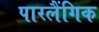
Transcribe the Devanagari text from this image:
पारलैंगिक